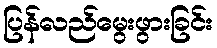
ပြန်လည်မွေးဖွားခြင်း